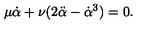
\mu { \dot { \alpha } } + \nu ( 2 { \ddot { \alpha } } - { \dot { \alpha } } ^ { 3 } ) = 0 .